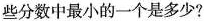
些分数中最小的一个是多少?